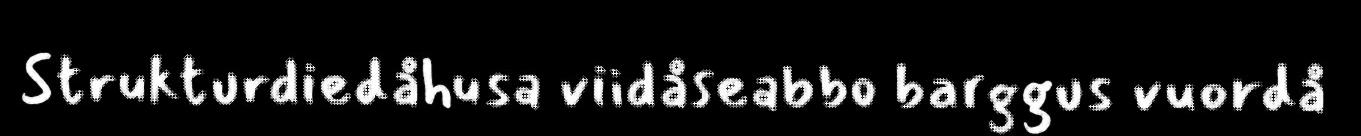
Strukturdiedåhusa viidåseabbo barggus vuordå